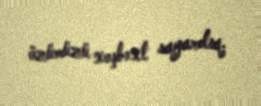
özümüzü xoşbəxt sayardıq.